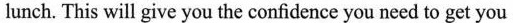
lunch. This will give you the confidence you need to get you